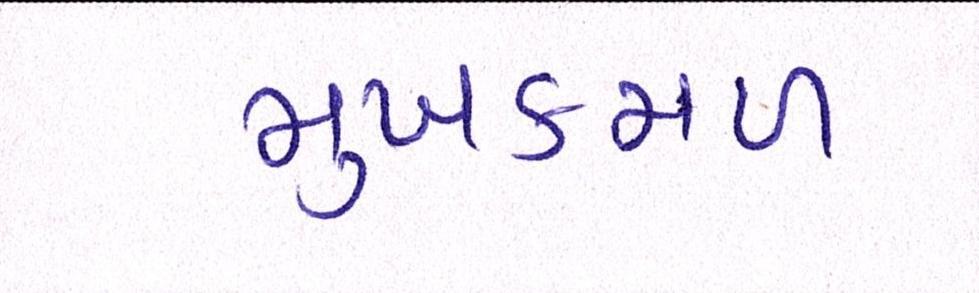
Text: મુખકમળ